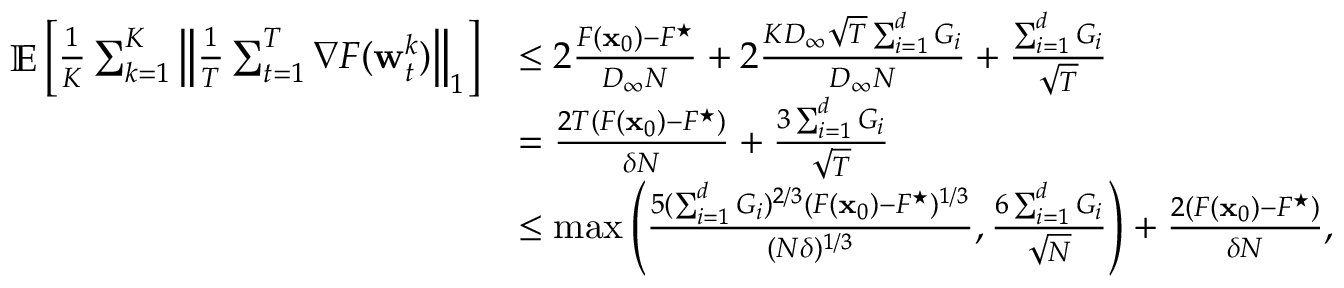
\begin{array} { r l } { \mathop { \mathbb { E } } \left[ \frac { 1 } { K } \sum _ { k = 1 } ^ { K } \left\| \frac { 1 } { T } \sum _ { t = 1 } ^ { T } \nabla F ( { \mathbf w } _ { t } ^ { k } ) \right\| _ { 1 } \right] } & { \le 2 \frac { F ( { \mathbf x } _ { 0 } ) - F ^ { \star } } { D _ { \infty } N } + 2 \frac { K D _ { \infty } \sqrt { T } \sum _ { i = 1 } ^ { d } G _ { i } } { D _ { \infty } N } + \frac { \sum _ { i = 1 } ^ { d } G _ { i } } { \sqrt { T } } } \\ & { = \frac { 2 T ( F ( { \mathbf x } _ { 0 } ) - F ^ { \star } ) } { \delta N } + \frac { 3 \sum _ { i = 1 } ^ { d } G _ { i } } { \sqrt { T } } } \\ & { \le \operatorname* { m a x } \left( \frac { 5 ( \sum _ { i = 1 } ^ { d } G _ { i } ) ^ { 2 / 3 } ( F ( { \mathbf x } _ { 0 } ) - F ^ { \star } ) ^ { 1 / 3 } } { ( N \delta ) ^ { 1 / 3 } } , \frac { 6 \sum _ { i = 1 } ^ { d } G _ { i } } { \sqrt { N } } \right) + \frac { 2 ( F ( { \mathbf x } _ { 0 } ) - F ^ { \star } ) } { \delta N } , } \end{array}